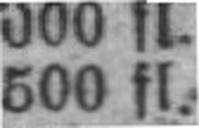
500 fl.